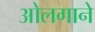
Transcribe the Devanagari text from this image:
ओलगाने